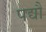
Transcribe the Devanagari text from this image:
पद्यौं